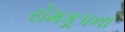
રોમકૂપના